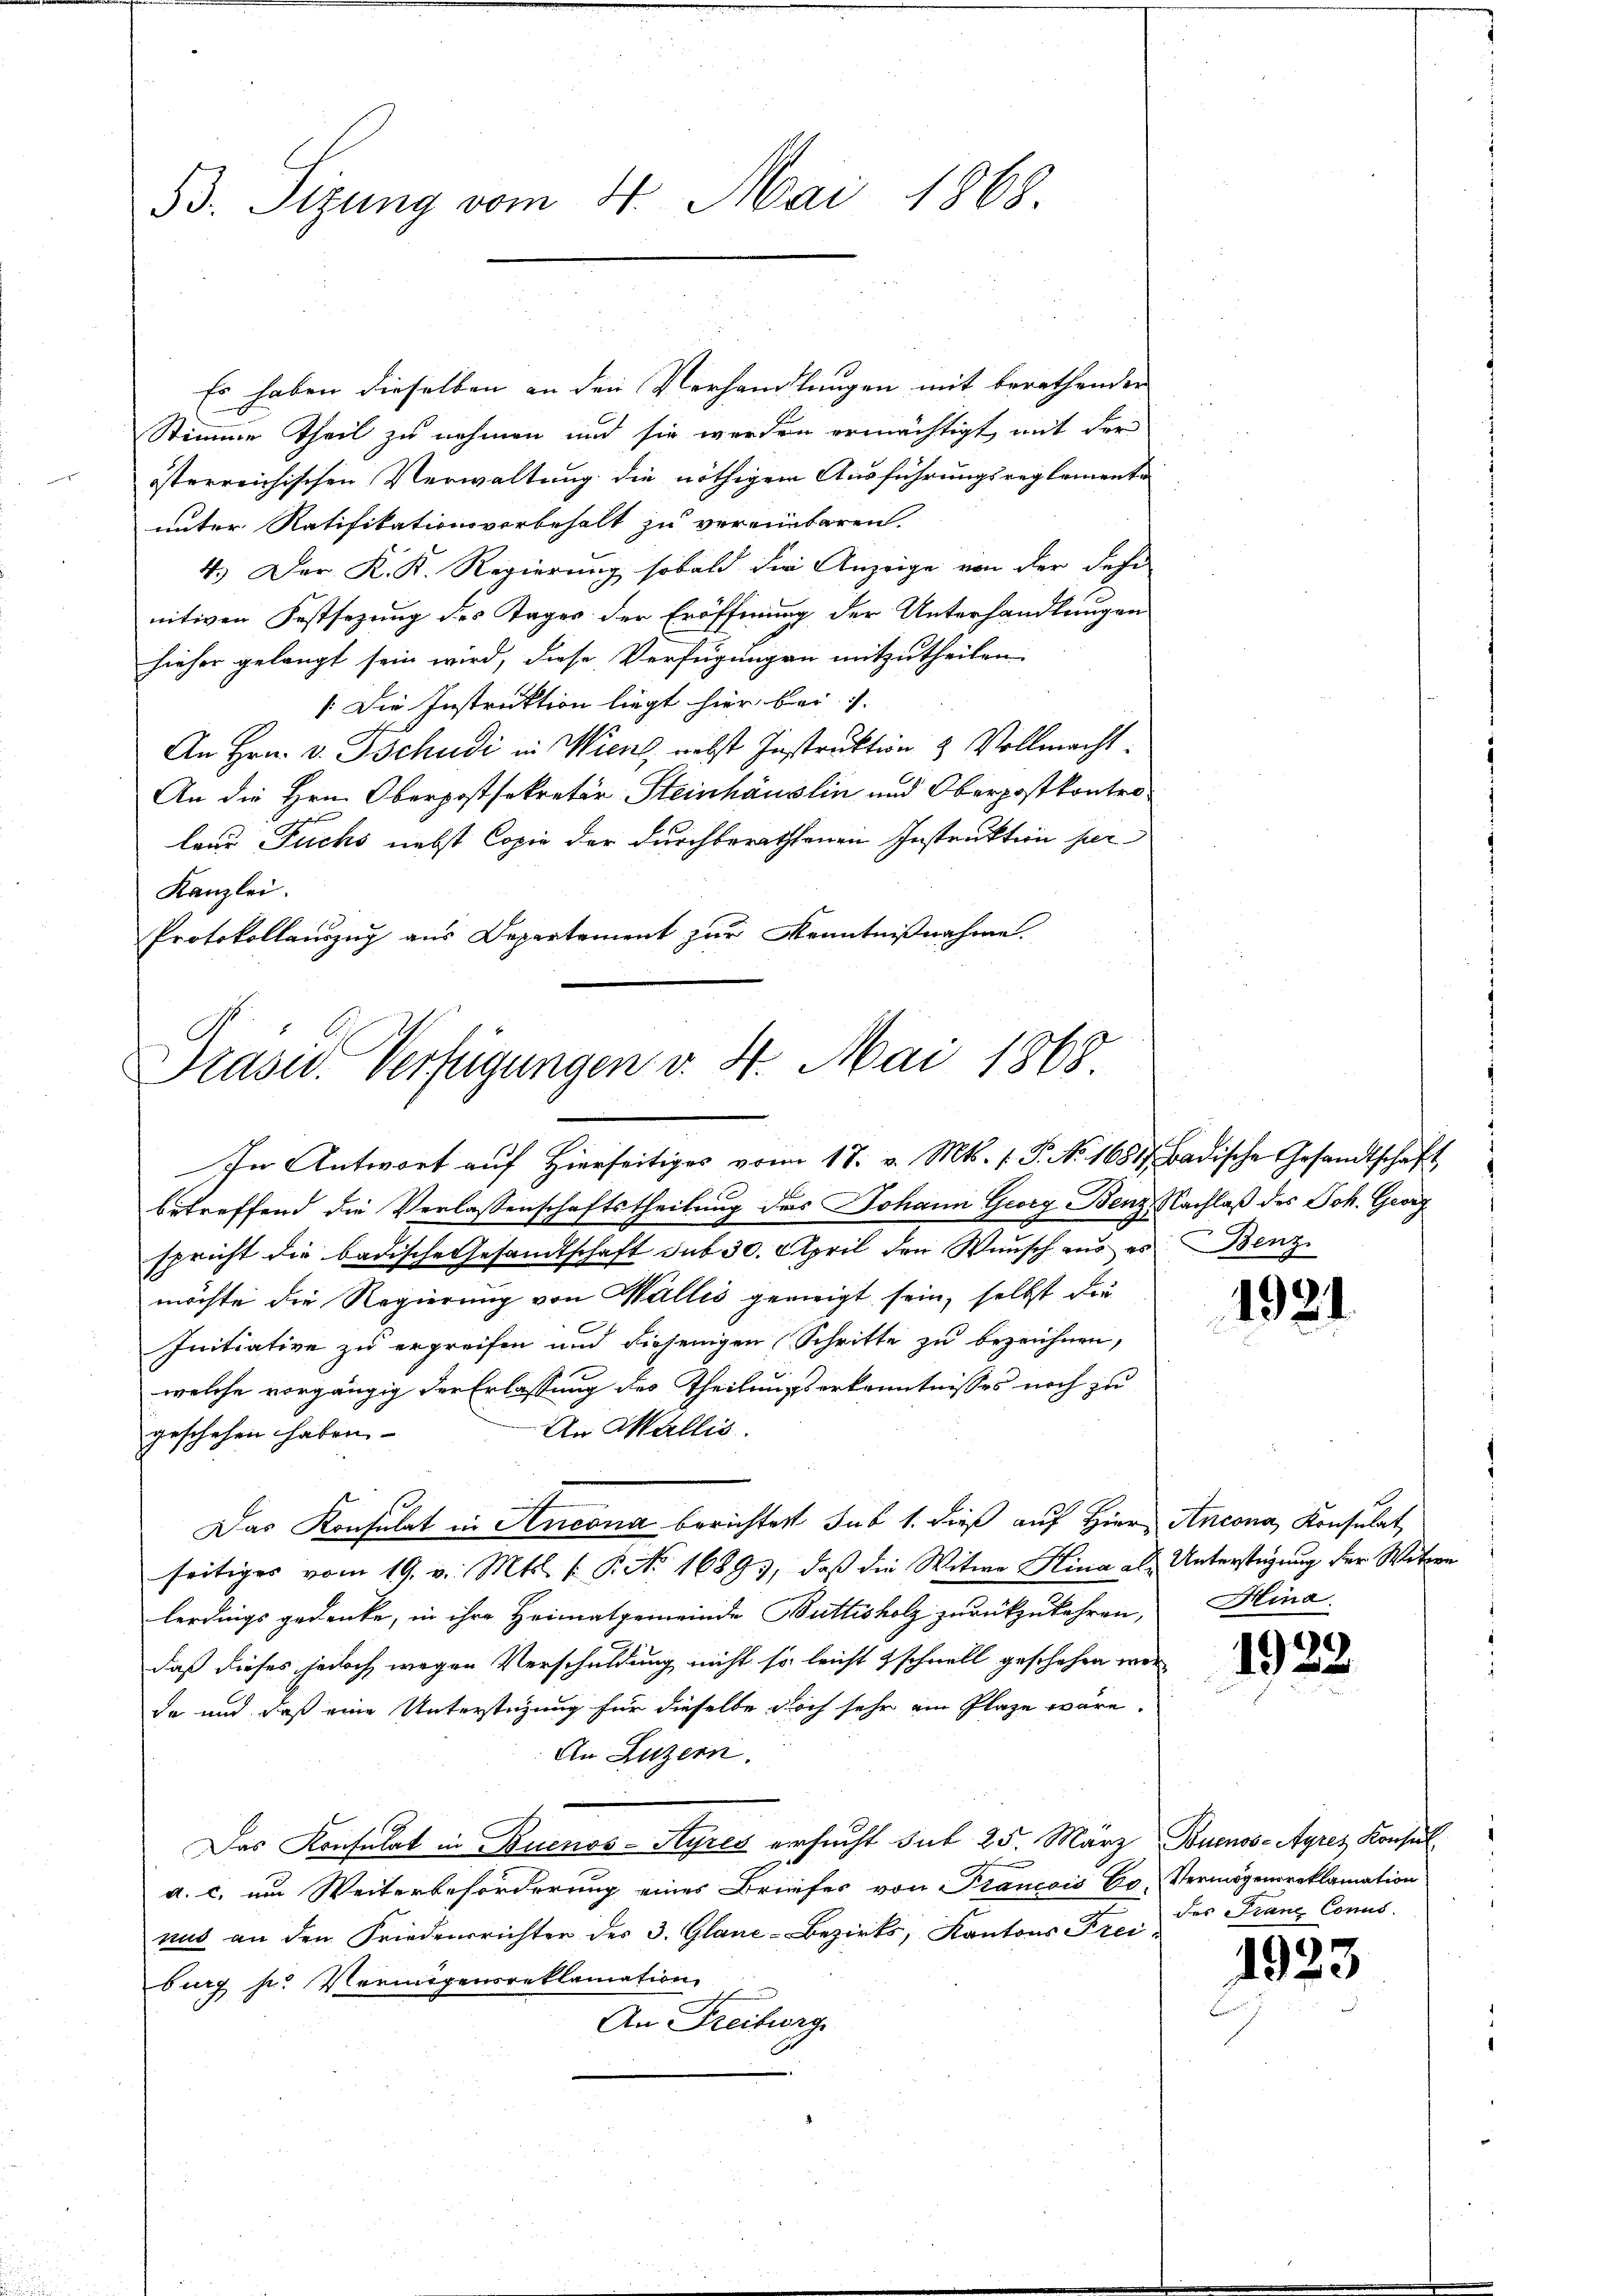
33. Sizung vom 4. Mai 1868.

Es haben dieselben an den Verhandlungen mit berathenden
Stimme theil zu nehmen und sie werden ermächtigt mit der
österreichischen Verwaltung die nöthigem Ausführungsreglemente
unter Ratifikationsvorbehalt zu vereinbaren.
4.) Der K. K. Regierung sobald die Anzeige von der Sehe
nitiven Festsezung des Tages der Eröffnung der Unterhandlungen
hieher gelangt sein wird, diese Verfügungen mitzutheilen.
[Die Instruktion liegt hier bei |
An Hrn. v. Tschudi in Wien, nebst Instruktion & Vollmacht.
An die Hrn. Oberpostsekretär Steinhäuslin und Oberpostkontrof
leur Fuchs nebst Copie der durchberathenen Instruktion per
Kanzlei.
Protokollauszug aus Departement zur Kenntnißnahme.

Präsid. Verfügungen v. 4. Mai 1868

In Antwort auf Hierseitiger vom 17. v. Mts. 1. P. No. 16817. Badische Gesandtschaft
betreffend die Verlassenschaftstheilung des Johann Georg Benz, Nachlaß des Joh. Georg
spricht die badische Gesandtschaft sub 30. April den Wunsch aus es Benz
möchte die Regierung von Wallis gerneigt sein, selbst die
Initiative zu ergreifen und diejenigen Schritte zu bezeichnen,
welche vorgängig der Erlassung des Theilungserkenntnisses noch zu
An Wallis.
geschehen haben.
Das Konsulat in Ancona berichtest sub 1. dieß auf Hier Ancona, Konsulat,
seitiges vom 19. v. Mts. f. P. Nr. 16893, daß die Witwe Hina als Unterstüzung der Witwe
lerdings gedenke, in ihre Heimatgemeinde Buttisholz zurückzukehren,
daß dieses jedoch wegen Verschuldung nicht so leicht schnell geschehen werda und daß eine Unterstüzung für dieselbe doch sehr ein Plaze wäre.
An Luzern.
Das Konsulat in Buenos-Ayres ersucht dit 25. März Buenos-Ayres Konsul
a. c. um Weiterbeförderung eines Briefes von Francois Eo, Vermögensreklamation:
nus an den Friedensrichter des 3. Glane-Bezirks, Kantons Freiburg p. Vermögensreklamation
An Freiburg

1921

Hina.

49)
1 22

des Franz Conus.

1923